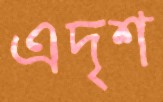
এদৃশ